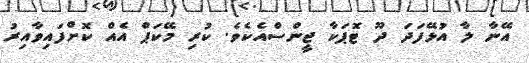
އޭނާ ލާ އުޅޭފަދަ ދޫ ޓޮޕަކާ ޖީންސްއެކެވެ. ކުރި މޭކަޕް އެއް ކޮށްފައިވާއިރު